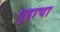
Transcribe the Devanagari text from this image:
युद्दाचा